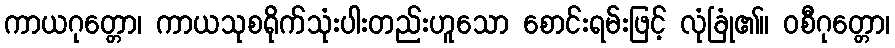
ကာယဂုတ္တော၊ ကာယသုစရိုက်သုံးပါးတည်းဟူသော စောင်းရမ်းဖြင့် လုံခြုံ၏။ ဝစီဂုတ္တော၊